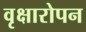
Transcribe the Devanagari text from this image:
वृक्षारोपन